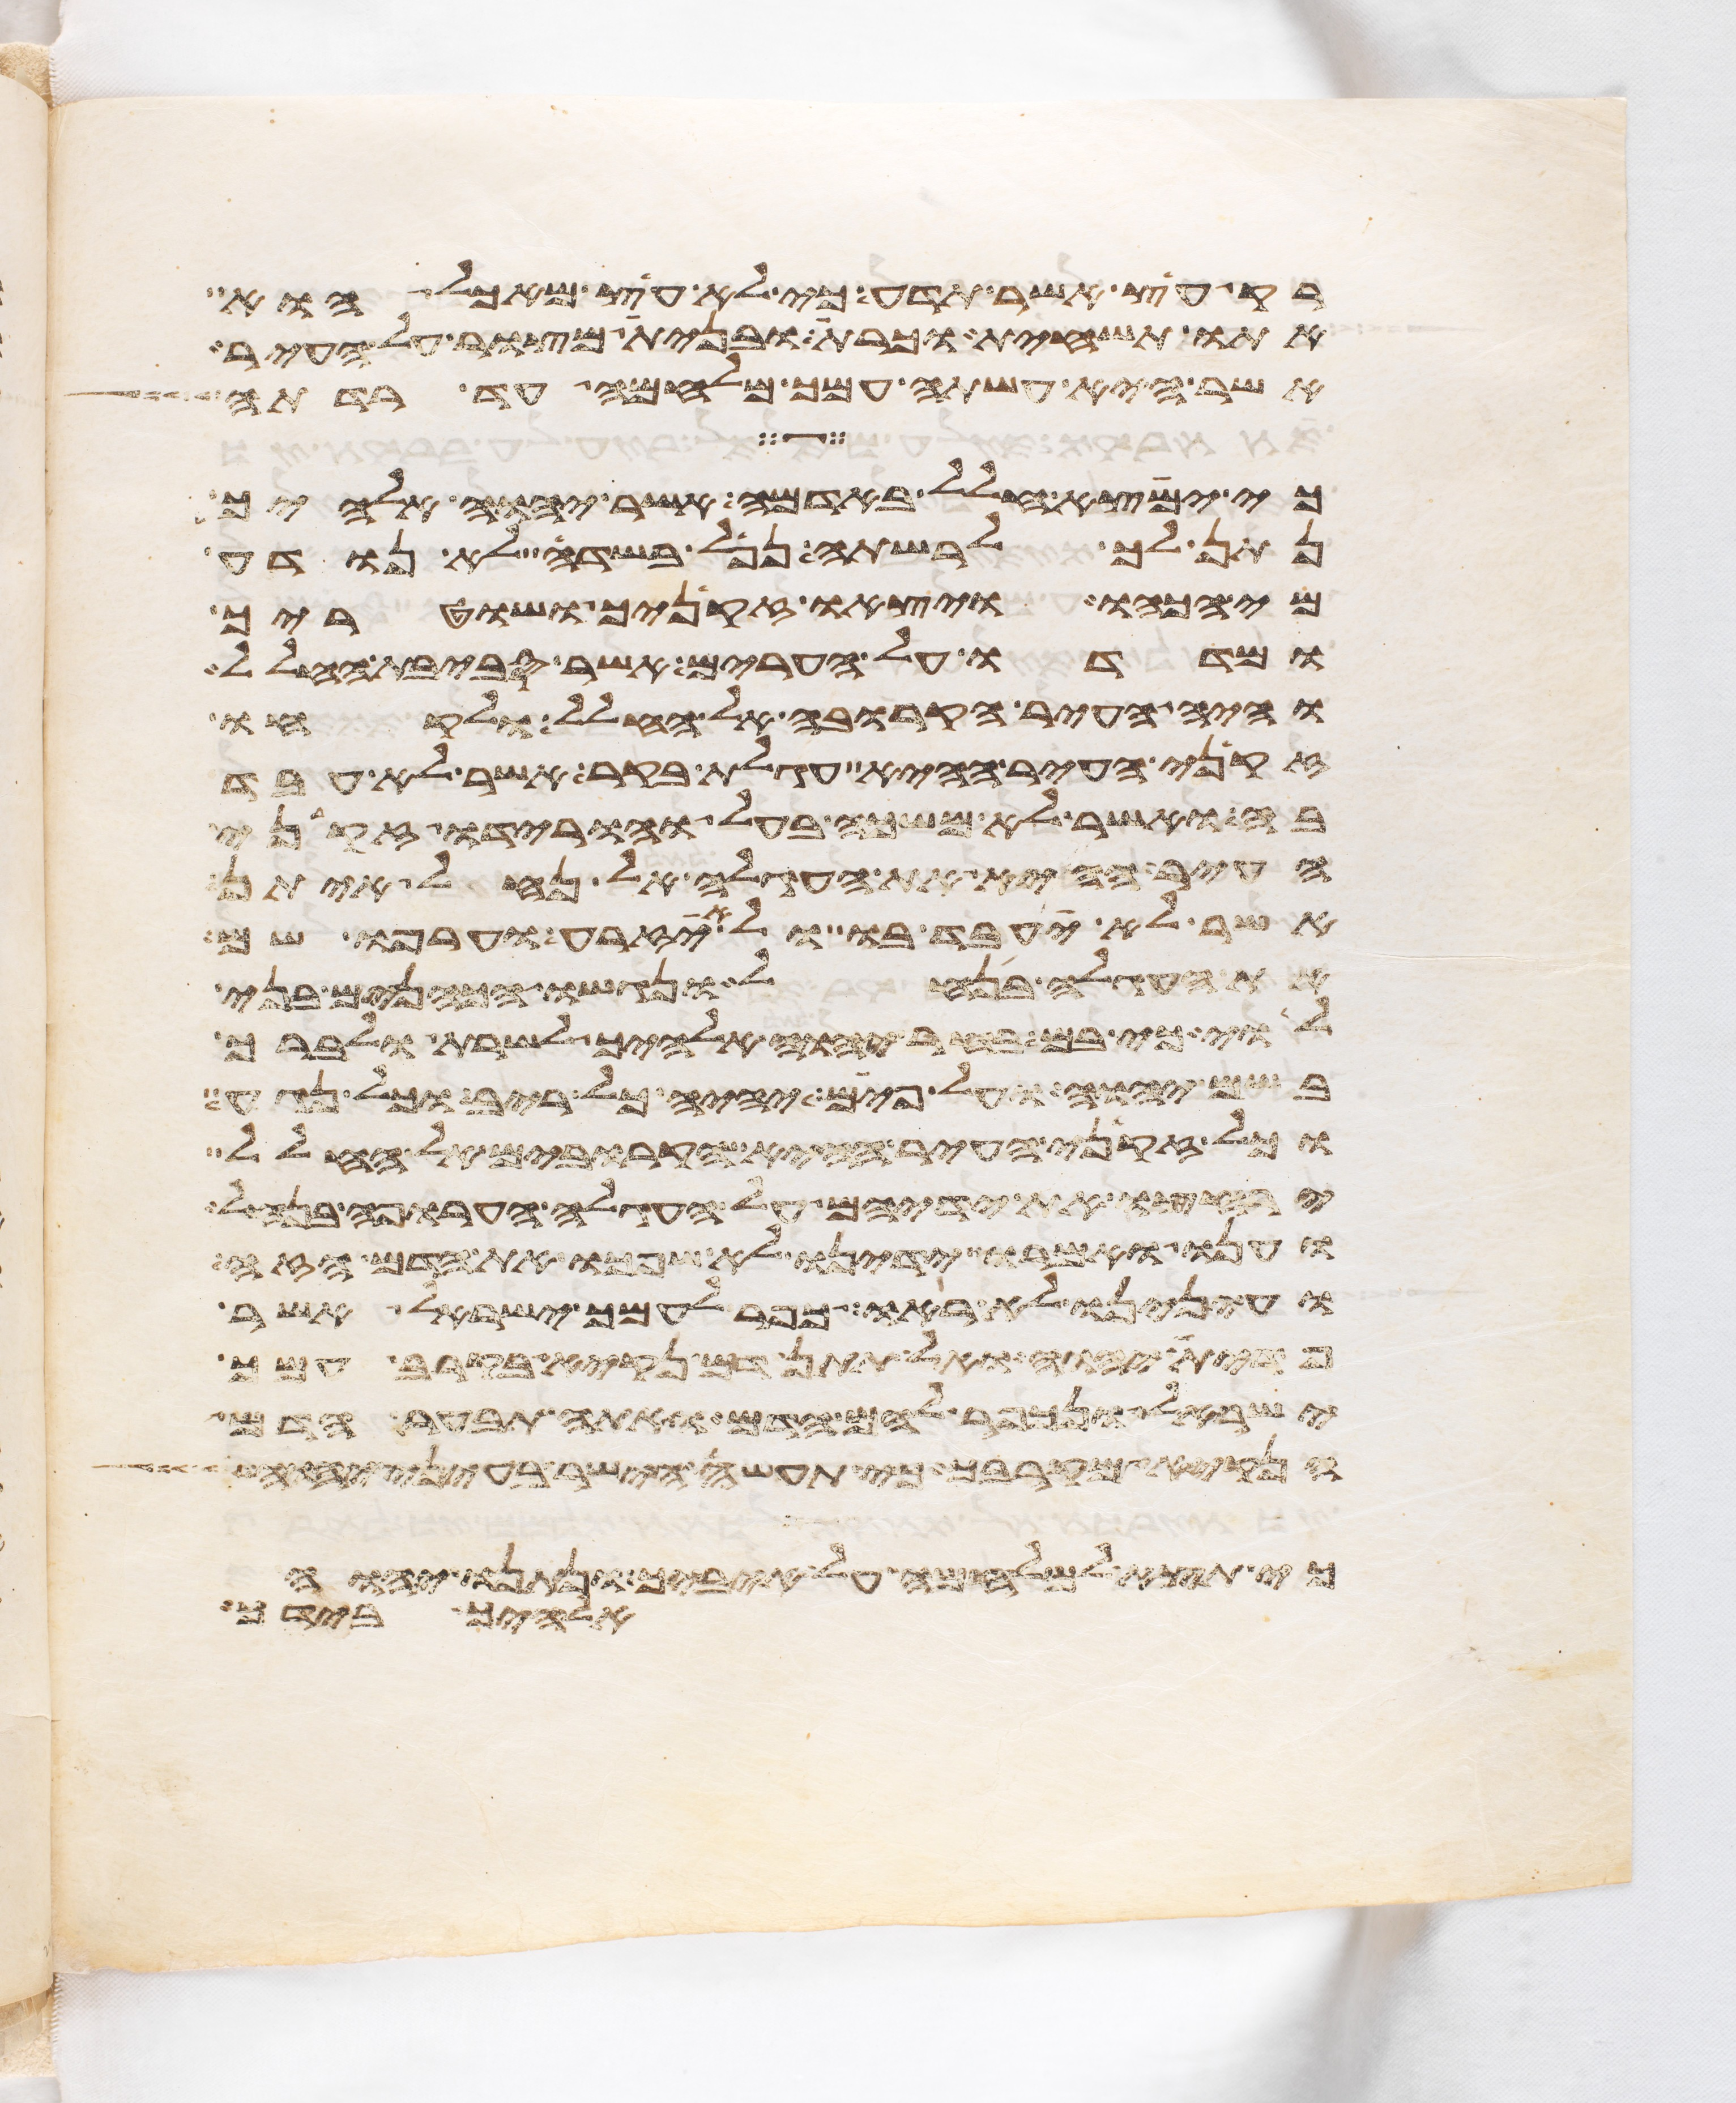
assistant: רק עץ אשר תדע כי לא עץ מאכל הוא
אתו תשחית וכרת ובנית מצור על העיר
אשר היא עשתה עמך מלחמה עד רדתה
כי ימצא חלל באדמה אשר יהוה אלהיך
נתן לך לרשתה נפל בשדה לא נודע
מי הכהו ויצאו זקניך ושטריך
ומדדו על הערים אשר סביבת החלל
והיה העיר הקרובה אל החלל ולקחו
זקני העיר ההיא עגלת בקר אשר לא עבד
בה ואשר לא משכה בעל והורידו זקני
העיר ההיא את העגלה אל נחל איתן
אשר לא יעבד בו ולא יזרע וערפו שם
את העגלה בנחל ונגשו הכהנים בני
לוי כי בם בחר יהוה אלהיך לשרת ולברך
בשם יהוה ועל פים יהיה כל ריב וכל נגע
וכל זקני העיר הקרובים אל החלל
ירחצו את ידיהם על העגלה הערופה בנחל
וענו ואמרו ידינו לא שפכו את הדם הזה
ועינינו לא ראו כפר לעמך ישראל אשר
פדית יהוה ואל תתן דם נקיא בקרב עמך
ישראל ונכפר להם הדם ואתה תבער הדם
הנקיא מקרבך כי תעשה הישר בעיני יהוה
כי תצא למלחמה על איביך ונתנו יהוה
אלהיך בידך